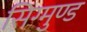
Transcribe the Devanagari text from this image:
सिग्मुण्ड